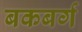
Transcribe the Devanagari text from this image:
बकबर्ग